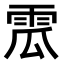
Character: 𩂡